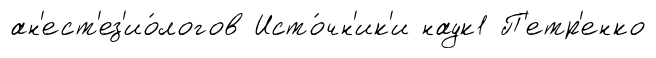
ан'ест'ез'ио́логов Исто́чн'ик'и наук1 П'етр'енко